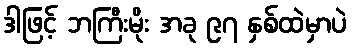
ဒါဖြင့် ဘကြီးမိုး အခု ၉၇ နှစ်ထဲမှာပဲ